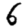
Digit: 6